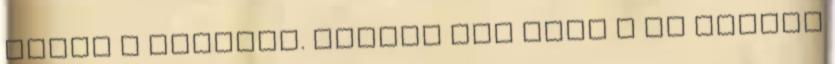
látom a hibámat. Mondja egy alak a nő mögött